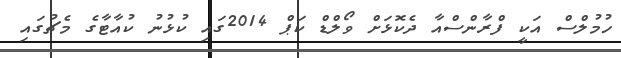
ހުމުލްސް އަކީ ފްރާންސްއާ ދެކޮޅަށް ވޯލްޑް ކަޕް 2014ގައި ކުޅުނު ކުއާޓާގެ މެޗުގައި